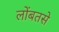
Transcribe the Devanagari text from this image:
लोंबतसे